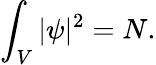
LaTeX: \int_{V}|\psi|^{2}=N.